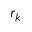
r _ { k }